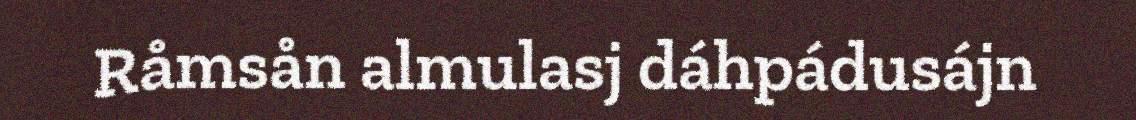
Råmsån almulasj dáhpádusájn